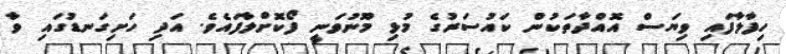
ހިފާލާފައި ވިޔަސް އޮއްދާތަކުން ކައުސަރުގެ މުޅި މޫނުވަނީ ފޯކޮށްލާފައެވެ. އަދި ހަށިގަނޑުގައި ވާ